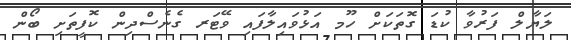
ލަޔާލް ފަރުވާ ކުޑަ ގޮތަކަށް ހޫމ އަޅުވައިލާފައި ވޭޓަރ ގެނެސްދިން ކޮފީތަށި ބޯން